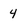
Character: 4